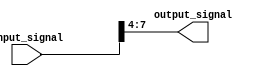
module part_select_assign (
    input [7:0] input_signal,
    output [3:0] output_signal
);

assign output_signal = input_signal[7:4]; // selects bits 7 to 4 from input_signal and assigns to output_signal

endmodule